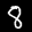
Label: 8